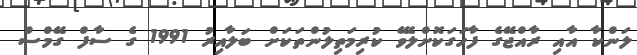
ލަންކާ އާއި ރާއްޖޭގެ ފާހަގަކޮށްލެވޭ ކުރިމަތިލުންތަކަށް ބަލާއިރު 1991 ގެ ސާފް ގޭމްސް